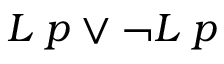
L \; p \lor \lnot L \; p